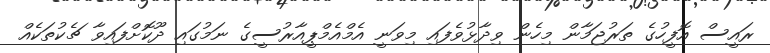
ރައީސް އޮފީހުގެ ތަރުޖަމާން މިހެން ވިދާޅުވެފައި މިވަނީ އެމްއެމްޕީއާރުސީގެ ނަމުގައި ދޫކޮށްފައިވާ ޗެކުތަކެއް